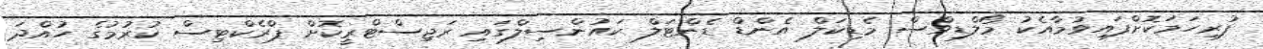
ފުރިހަމަކޮށްފައިވުމާއެކު މޯލްޑިވްސް މެޑިކަލް އެންޑް ޑެންޓަލް ކައުންސިލްގައި ރަޖިސްޓްރީކޮށް ޕްރެކްޓިސް ކުރުމުގެ ހުއްދަ